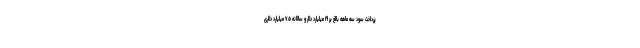
پرداخت سود سه ماهه بالغ بر ۱۹ میلیارد دلار و سالانه ۷۵ میلیارد دلاری